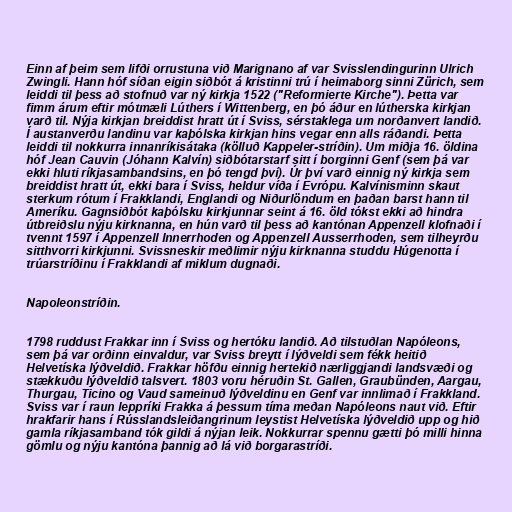
Einn af þeim sem lifði orrustuna við Marignano af var Svisslendingurinn Ulrich
Zwingli. Hann hóf síðan eigin siðbót á kristinni trú í heimaborg sinni Zürich, sem
leiddi til þess að stofnuð var ný kirkja 1522 ("Reformierte Kirche"). Þetta var
fimm árum eftir mótmæli Lúthers í Wittenberg, en þó áður en lútherska kirkjan
varð til. Nýja kirkjan breiddist hratt út í Sviss, sérstaklega um norðanvert landið.
Í austanverðu landinu var kaþólska kirkjan hins vegar enn alls ráðandi. Þetta
leiddi til nokkurra innanríkisátaka (kölluð Kappeler-stríðin). Um miðja 16. öldina
hóf Jean Cauvin (Jóhann Kalvín) siðbótarstarf sitt í borginni Genf (sem þá var
ekki hluti ríkjasambandsins, en þó tengd því). Úr því varð einnig ný kirkja sem
breiddist hratt út, ekki bara í Sviss, heldur víða í Evrópu. Kalvínisminn skaut
sterkum rótum í Frakklandi, Englandi og Niðurlöndum en þaðan barst hann til
Ameríku. Gagnsiðbót kaþólsku kirkjunnar seint á 16. öld tókst ekki að hindra
útbreiðslu nýju kirknanna, en hún varð til þess að kantónan Appenzell klofnaði í
tvennt 1597 í Appenzell Innerrhoden og Appenzell Ausserrhoden, sem tilheyrðu
sitthvorri kirkjunni. Svissneskir meðlimir nýju kirknanna studdu Húgenotta í
trúarstríðinu í Frakklandi af miklum dugnaði.

Napoleonstríðin.

1798 ruddust Frakkar inn í Sviss og hertóku landið. Að tilstuðlan Napóleons,
sem þá var orðinn einvaldur, var Sviss breytt í lýðveldi sem fékk heitið
Helvetíska lýðveldið. Frakkar höfðu einnig hertekið nærliggjandi landsvæði og
stækkuðu lýðveldið talsvert. 1803 voru héruðin St. Gallen, Graubünden, Aargau,
Thurgau, Ticino og Vaud sameinuð lýðveldinu en Genf var innlimað í Frakkland.
Sviss var í raun leppríki Frakka á þessum tíma meðan Napóleons naut við. Eftir
hrakfarir hans í Rússlandsleiðangrinum leystist Helvetíska lýðveldið upp og hið
gamla ríkjasamband tók gildi á nýjan leik. Nokkurrar spennu gætti þó milli hinna
gömlu og nýju kantóna þannig að lá við borgarastríði.